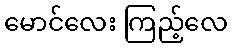
မောင်လေး ကြည့်လေ